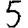
Digit: 5